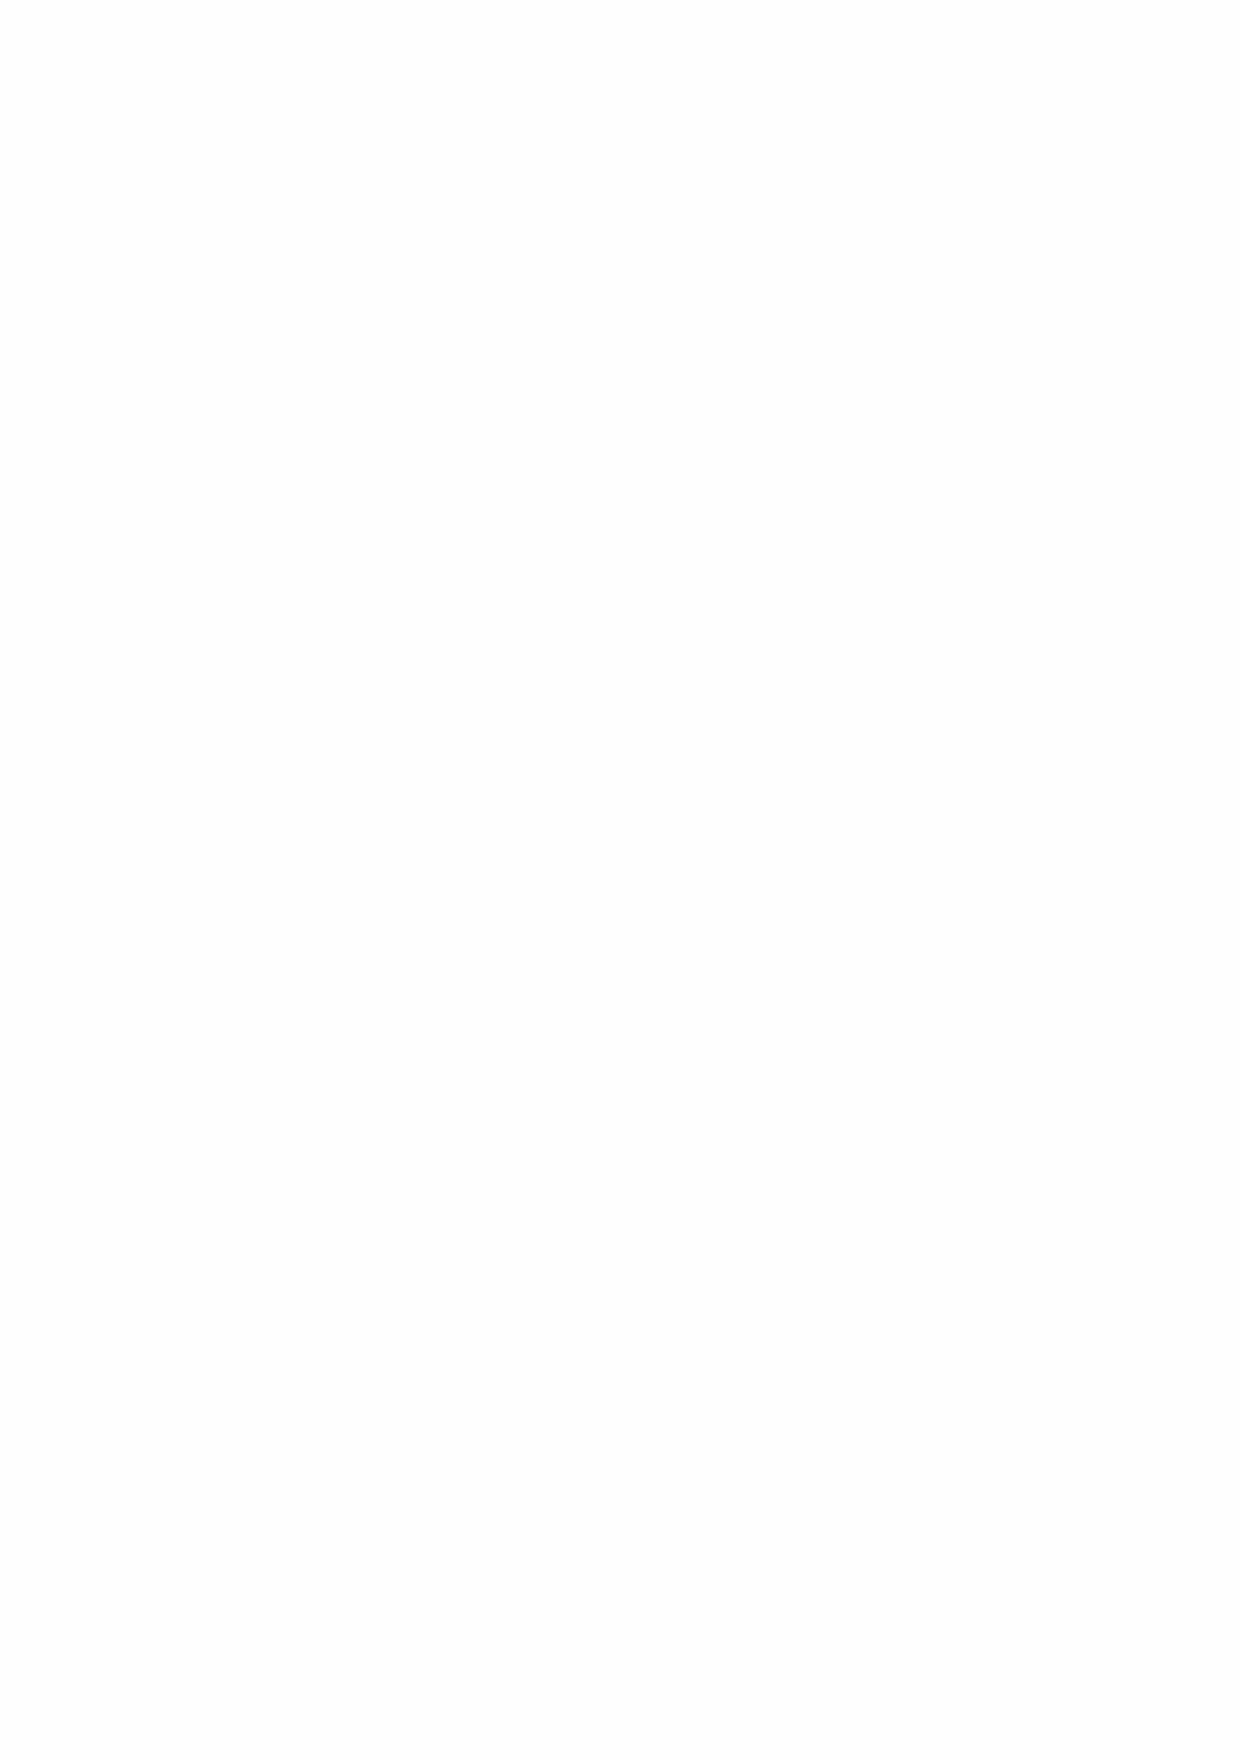
6  Statement of Trustee’s and Director’s Responsibilities - Includes
 scope of responsibility
 The Director of Greenwich Hospital is its Accounting Officer and is responsible to the Secretary
 of State for Defence in his capacity as the sole trustee of Greenwich Hospital for:
 • The proper and effective management of Greenwich Hospital and the achievement of its
 charitable objectives; and
 • The regularity and propriety of Greenwich Hospital’s administration and expenditure in
 accordance with the objects of the Royal Charter and the provisions of the relevant Acts of
 Parliament.
 Greenwich Hospital employees are Crown servants and adhere to the Seven Principles of
 Public Life as established by the Committee on Standards in Public Life (“The Nolan
 Committee”) in 1995 (Cm 2850, 11 May 1995). These standards are: Selflessness, Integrity,
 Objectivity, Accountability, Openness, Honesty and Leadership.
 7  Statement as to Disclosure of Information to Auditors
 In so far as I am aware there is no relevant audit information of which the Hospital’s auditors
 are unaware. I have taken all steps that I ought to have taken to make myself aware of any
 relevant audit information and to establish that the auditors are aware of that information.
 A Turner
 Interim Director of Greenwich Hospital            27 April 2021
 29